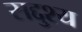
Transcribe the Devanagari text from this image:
सद्दुश्य